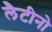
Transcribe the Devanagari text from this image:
लैटीनो